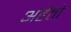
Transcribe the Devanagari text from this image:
अर्हतो